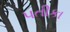
પતીકા